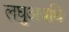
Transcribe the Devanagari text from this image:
लघुअवधि